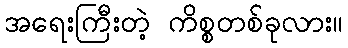
အရေးကြီးတဲ့ ကိစ္စတစ်ခုလား။